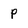
Character: p